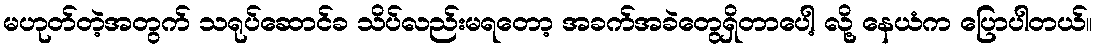
မဟုတ်တဲ့အတွက် သရုပ်ဆောင်ခ သိပ်လည်းမရတော့ အခက်အခဲတွေရှိတာပေါ့ လို့ နေယံက ပြောပါတယ်။